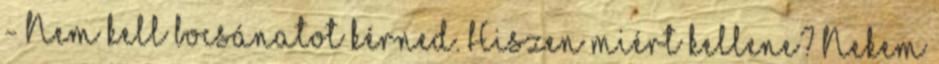
- Nem kell bocsánatot kérned. Hiszen miért kellene? Nekem